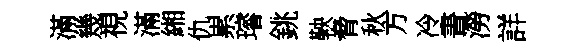
滿幾視滿緗仇累璿銚鞅脅秋方冷書澇詳